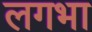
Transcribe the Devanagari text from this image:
लगभा